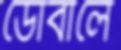
ডোবালে